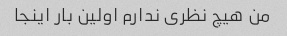
من هیچ نظری ندارم اولین بار اینجا